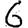
Digit: 6